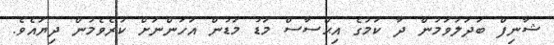
ޝާނިފް ބަދަލުވަމުން ދާ ކަމުގެ އިޙްސާސް މަޑު މަޑުން އަހަންނަށް ކުރެވެމުން ދިޔައެވެ.